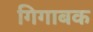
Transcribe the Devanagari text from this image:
गिगाबक